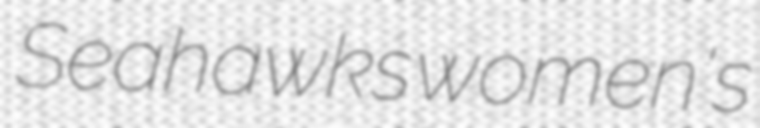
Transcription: Seahawks women's